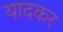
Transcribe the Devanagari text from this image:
यादकर